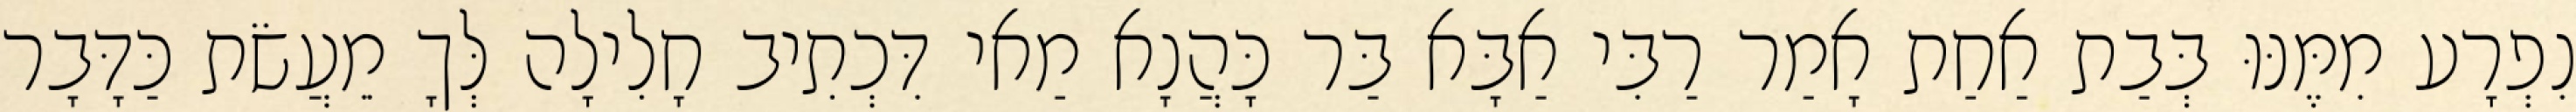
נִפְרָע מִמֶּנּוּ בְּבַת אַחַת אָמַר רַבִּי אַבָּא בַּר כָּהֲנָא מַאי דִּכְתִיב חָלִילָה לְּךָ מֵעֲשֹׂת כַּדָּבָר